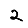
Digit: 2